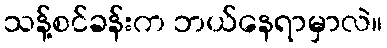
သန့်စင်ခန်းက ဘယ်နေရာမှာလဲ။